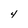
Character: 4